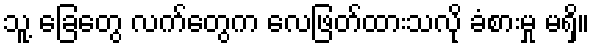
သူ့ ခြေတွေ လက်တွေက လေဖြတ်ထားသလို ခံစားမှု မရှိ။